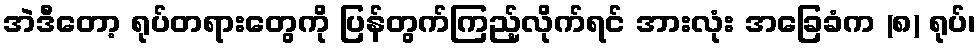
အဲဒီတော့ ရုပ်တရားတွေကို ပြန်တွက်ကြည့်လိုက်ရင် အားလုံး အခြေခံက (၈) ရုပ်၊